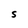
Character: S